Serum-therapy of plague in India - Number 20
Disease focus: Plague
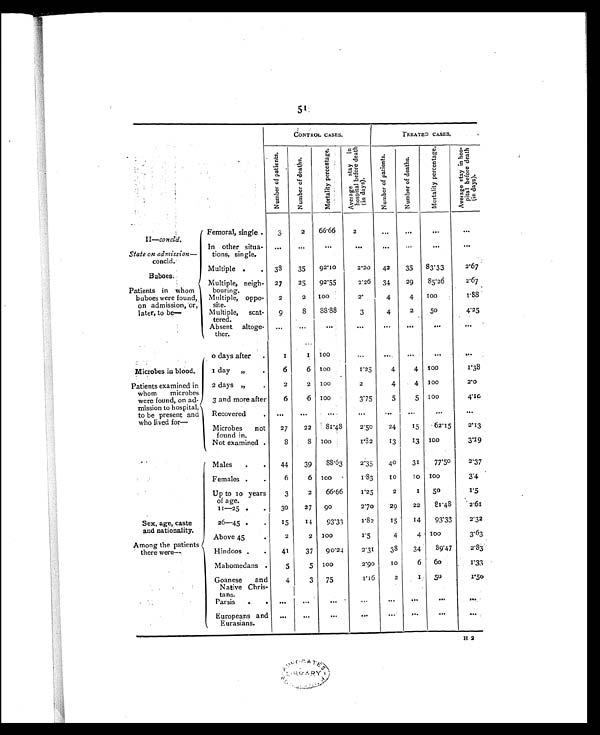
51
CONTROL CASES.
TREATED CASES.
N u m b e r o f p a t i e n t s .
N u m b e r o f d e a t h s .
M o r t a l i t y p e r c e n t a g e .
A v e r a g e s t a y i n
h o s p i t a l b e f o r e d e a t h
( i n d a y s ) .
N u m b e r o f p a t i e n t s .
N u m b e r o f d e a t h s .
M o r t a l i t y p e r c e n t a g e .
A v e r a g e s t a y i n h o s -
p i t a l b e f o r e d e a t h
( i n d a y s ) .
II—concld.
Femoral, single.
3
2
66.66
2
. . .
. . .
. . .
. . .
State on admission —
concld.
In other situa-
tions, single.
...
. . .
. . .
. . .
. . .
...
. . .
. . .
Buboes.
Multiple .
. 38
35
92.10
2.20 42
35 83.33
2.67
Patients in whom
buboes were found,
on admission, or,
later, to be—
Multiple, neigh-
bouring.
27
25
92.55
2.26 34
29
85.26
2.67
Multiple, oppo-
site.
2
2 100
2.
4
4
1 0 0
1 . 8 8
Multiple, scat-
tered.
9
8
88.88
3
4
2
50
4.25
Absent altoge-
ther.
...
. . .
. . .
. . .
. . .
. . .
. . .
. . .
0 days after .
1
1
1 0 0
. . .
. . .
. . .
. . . ...
Microbes in blood.
1 day „
.
6
6
1 0 0
1.25
4
4 100
1.38
Patients examined in
whom microbes
were found, on ad-
mission to hospital,
to be present and
who lived for—
2 days „
.
2
2 100
2
4
4 100
2.0
3 and more after
6
6 100
3.75
5
5
1 0 0
4.10
Recovered
.
. . .
. . .
...
. . . . . .
. . .
. . .
. . .
Microbes not
found in.
27
22
81.48
2.50
24
15
62.15
2.13
Not examined
8
8
1 0 0
1.82
13
13 100
3.19
Males .
.
44
39 88.63
2.35
40
31
77.50
2.37
Females .
.
6
6
1 0 0
1.83
10
10
1 0 0
3.4
Up to 10 years
of age.
3
2
66.66
1.25
2
1 5 0
1.5
11—25 .
.
30
27 90
2.70
29
22
81.48
2.61
Sex, age, caste
and nationality
26—45
.
15
1 4 93.33
1.82
15
14
93.33
2.32
Above 45
.
2
2
1 0 0
1.5
4
4 100
3.63
Among the patients
there were—
Hindoos .
.
41
37 90.24
2.31
38
34
89.47
2.83
Mahomedans .
5
5 100
2.90
10
6 6 0
1.33
Goanese and
Native Chris-
tans.
4
3 75
1 . 1 6 2
1
50
1.50
Parsis .
.
. . .
. . .
...
. . . . . .
. . .
... ...
Europeans and
Eurasians.
...
. . .
...
. . .
. . .
. . .
. . .
. . .
H 2
T. .
•
. .